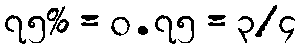
၇၅% = ၀.၇၅ = ၃/၄